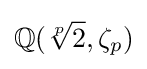
\mathbb {Q} ({\sqrt[{p}]{2}},\zeta _{p})